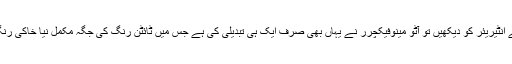
اگر گاڑی کے انٹیریئر کو دیکھیں تو آٹو مینوفیکچرر نے یہاں بھی صرف ایک ہی تبدیلی کی ہے جس میں ٹائٹن رنگ کی جگہ مکمل نیا خاکی رنگ دیا گیا ہے۔